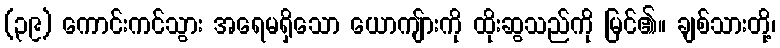
(၃၉) ကောင်းကင်သွား အရေမရှိသော ယောကျ်ားကို ထိုးဆွသည်ကို မြင်၏။ ချစ်သားတို့၊